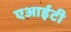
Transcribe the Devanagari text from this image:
एआईटी